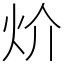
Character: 炌